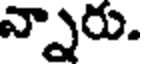
న్నారు.